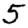
Digit: 5